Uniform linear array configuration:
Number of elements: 48
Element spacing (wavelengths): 0.75
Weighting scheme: cosine
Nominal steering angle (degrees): -60
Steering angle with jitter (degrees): -59.117
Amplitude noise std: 0.05
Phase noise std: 0.05

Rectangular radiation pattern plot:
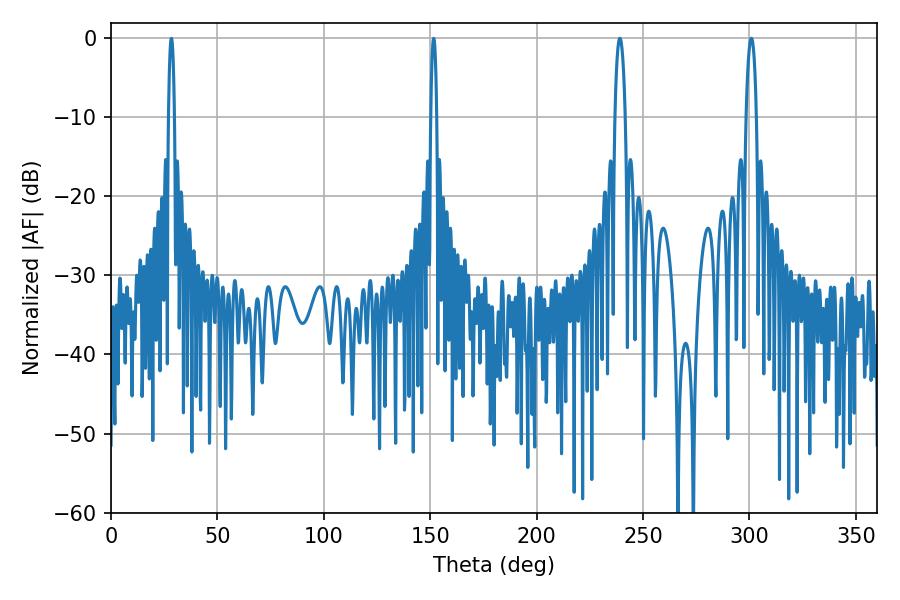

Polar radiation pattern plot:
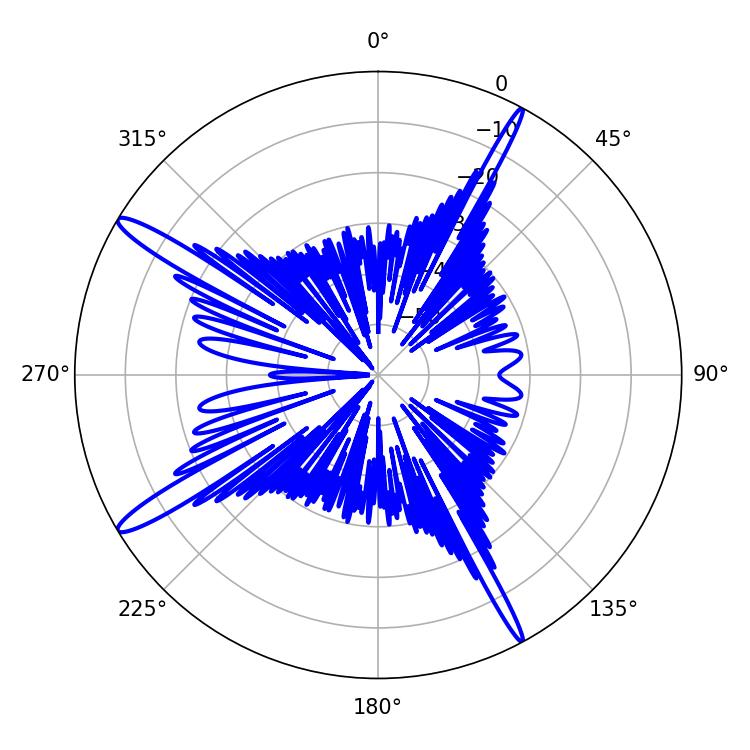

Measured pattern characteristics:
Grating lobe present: TRUE
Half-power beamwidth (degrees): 2.7
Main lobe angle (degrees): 300.96